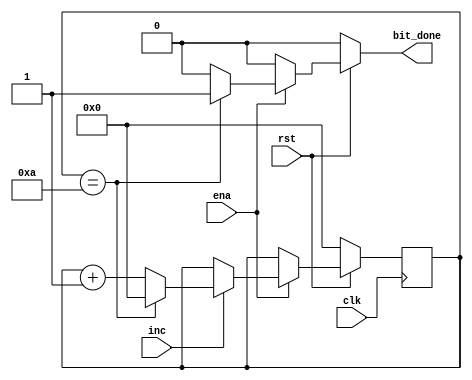
/* Generic Bit Counter Module */

/* The bit counter has a increment of 1 whenever it receives a
INC signal from the controller. If the counted bits reaches the
desired value, it outputs a bit done signal of 1 */

module BitCounter
(
	input 		clk,
	input 		rst,
	input			ena,
	input 		inc,
	output reg	bit_done
);

parameter BITNUM = 4'd10;

reg [3:0] pcount, ncount;

always @(posedge clk)
begin
	pcount <= ncount;
end

always @(rst, ena, pcount, inc)
begin
	bit_done = 1'b0; 
	ncount = pcount;
	
	if(!rst)
		ncount = 4'd0;
	else begin
		if(ena) begin
			if (pcount == BITNUM)
				bit_done = 1'b1;
				
			if (inc)
				if (pcount == BITNUM)
					ncount = 4'd0;
				else
					ncount = pcount + 4'd1;
		end
	end
end
endmodule